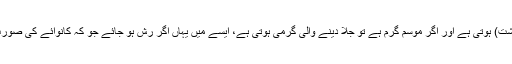
اوپر سے اگر سردی ہے تو سخت سردی (ناقابل برداشت) ہوتی ہے اور اگر موسم گرم ہے تو جلا دینے والی گرمی ہوتی ہے، ایسے میں یہاں اگر رش ہو جائے جو کہ کانوائے کی صورت میں ہو ہی جاتا ہے تو کئی مسائل سامنے آتے ہیں۔